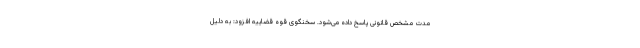
مدت مشخص قانونی پاسخ داده می‌شود. سخنگوی قوه قضاییه افزود: به دلیل